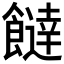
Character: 𩞱